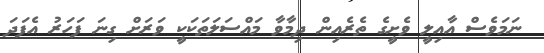
ނަމަވެސް އާއިލީ ވެށީގެ ތެރެއިން ދިމާވާ މައްސަލަތަކަކީ ވަރަށް ގިނަ ފަހަރު އެފަދަ